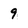
Character: 9